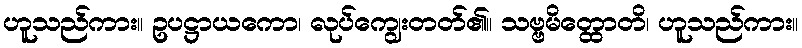
ဟူသည်ကား။ ဥပဋ္ဌာယကော၊ လုပ်ကျွေးတတ်၏။ သဗ္ဗမိတ္ထောတိ၊ ဟူသည်ကား။